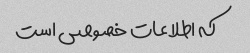
که اطلاعات خصوصی است